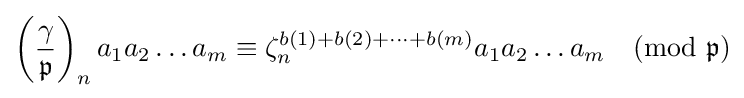
\left({\frac {\gamma }{\mathfrak {p}}}\right)_{n}a_{1}a_{2}\dots a_{m}\equiv \zeta _{n}^{b(1)+b(2)+\dots +b(m)}a_{1}a_{2}\dots a_{m}{\pmod {\mathfrak {p}}}